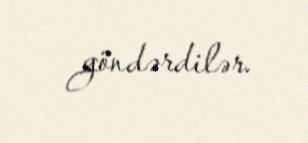
göndərdilər.